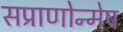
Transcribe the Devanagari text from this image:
सप्राणोन्मेष